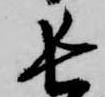
長